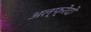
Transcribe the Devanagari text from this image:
अल्फ्रेदो